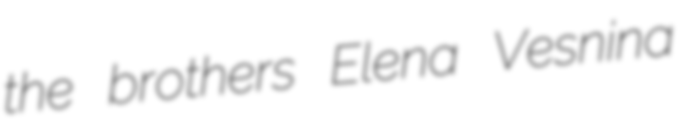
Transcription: the brothers Elena Vesnina